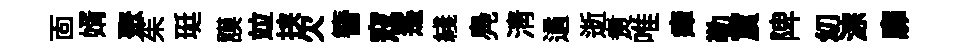
靣婿聚茱珽謨竝挟欠簪寇遥綫鳧淸遹逝煑唯瘴勒賔陴㓜淙靡